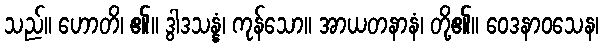
သည်။ ဟောတိ၊ ၏။ ဒွါဒသန္နံ၊ ကုန်သော။ အာယတနာနံ၊ တို့၏။ ဝေဒနာဝသေန၊